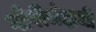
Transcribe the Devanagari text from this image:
गोपीचंदाची